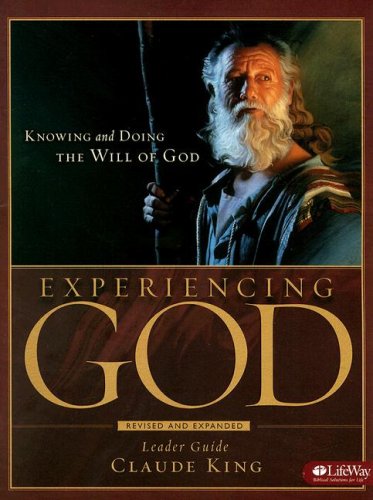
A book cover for Experiencing God: Knowing and Doing the Will of God, Leader Guide UPDATED; Henry Blackaby; Christian Books & Bibles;